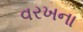
વરખના